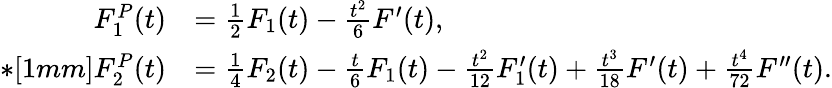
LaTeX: \begin{array}{rl}{F_{1}^{P}(t)}&{=\frac{1}{2}F_{1}(t)-\frac{t^{2}}{6}F^{\prime}(t),}\\ {*[1mm]F_{2}^{P}(t)}&{=\frac{1}{4}F_{2}(t)-\frac{t}{6}F_{1}(t)-\frac{t^{2}}{12}F_{1}^{\prime}(t)+\frac{t^{3}}{18}F^{\prime}(t)+\frac{t^{4}}{72}F^{\prime\prime}(t).}\end{array}